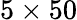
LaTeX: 5\times 50